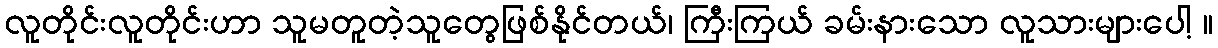
လူတိုင်းလူတိုင်းဟာ သူမတူတဲ့သူတွေဖြစ်နိုင်တယ်၊ ကြီးကြယ် ခမ်းနားသော လူသားများပေါ့ ။